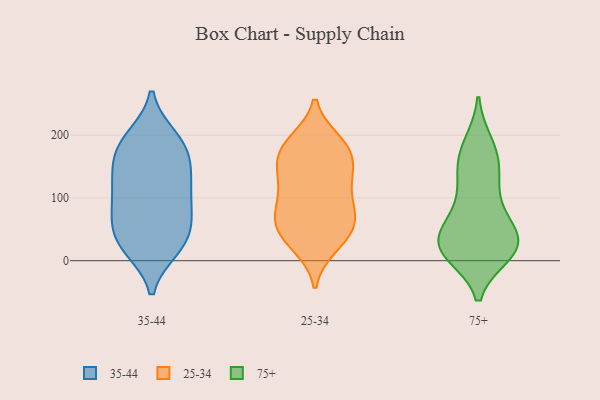
{"axis": {"x": "Net Income (USD K)", "y": "Value"}, "legend": ["25-34", "35-44", "75+"], "data": [{"x": "", "y": 64, "type": "35-44"}, {"x": "", "y": 138, "type": "35-44"}, {"x": "", "y": 21, "type": "35-44"}, {"x": "", "y": 168, "type": "35-44"}, {"x": "", "y": 197, "type": "35-44"}, {"x": "", "y": 128, "type": "35-44"}, {"x": "", "y": 46, "type": "35-44"}, {"x": "", "y": 121, "type": "35-44"}, {"x": "", "y": 163, "type": "35-44"}, {"x": "", "y": 123, "type": "35-44"}, {"x": "", "y": 87, "type": "35-44"}, {"x": "", "y": 191, "type": "35-44"}, {"x": "", "y": 196, "type": "35-44"}, {"x": "", "y": 70, "type": "35-44"}, {"x": "", "y": 69, "type": "35-44"}, {"x": "", "y": 19, "type": "35-44"}, {"x": "", "y": 98, "type": "35-44"}, {"x": "", "y": 23, "type": "35-44"}, {"x": "", "y": 27, "type": "35-44"}, {"x": "", "y": 171, "type": "35-44"}, {"x": "", "y": 39, "type": "25-34"}, {"x": "", "y": 178, "type": "25-34"}, {"x": "", "y": 72, "type": "25-34"}, {"x": "", "y": 81, "type": "25-34"}, {"x": "", "y": 55, "type": "25-34"}, {"x": "", "y": 187, "type": "25-34"}, {"x": "", "y": 79, "type": "25-34"}, {"x": "", "y": 133, "type": "25-34"}, {"x": "", "y": 59, "type": "25-34"}, {"x": "", "y": 111, "type": "25-34"}, {"x": "", "y": 23, "type": "25-34"}, {"x": "", "y": 155, "type": "25-34"}, {"x": "", "y": 184, "type": "25-34"}, {"x": "", "y": 26, "type": "25-34"}, {"x": "", "y": 54, "type": "25-34"}, {"x": "", "y": 167, "type": "25-34"}, {"x": "", "y": 143, "type": "25-34"}, {"x": "", "y": 190, "type": "25-34"}, {"x": "", "y": 104, "type": "25-34"}, {"x": "", "y": 135, "type": "25-34"}, {"x": "", "y": 161, "type": "75+"}, {"x": "", "y": 36, "type": "75+"}, {"x": "", "y": 103, "type": "75+"}, {"x": "", "y": 135, "type": "75+"}, {"x": "", "y": 10, "type": "75+"}, {"x": "", "y": 31, "type": "75+"}, {"x": "", "y": 137, "type": "75+"}, {"x": "", "y": 10, "type": "75+"}, {"x": "", "y": 16, "type": "75+"}, {"x": "", "y": 54, "type": "75+"}, {"x": "", "y": 82, "type": "75+"}, {"x": "", "y": 186, "type": "75+"}, {"x": "", "y": 30, "type": "75+"}, {"x": "", "y": 16, "type": "75+"}, {"x": "", "y": 75, "type": "75+"}, {"x": "", "y": 26, "type": "75+"}, {"x": "", "y": 43, "type": "75+"}, {"x": "", "y": 187, "type": "75+"}, {"x": "", "y": 155, "type": "75+"}, {"x": "", "y": 15, "type": "75+"}]}